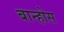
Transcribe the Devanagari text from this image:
बान्होस